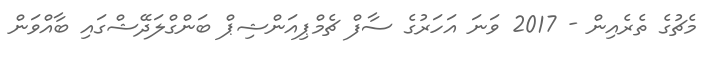
މެޗުގެ ތެރެއިން - 2017 ވަނަ އަހަރުގެ ސާފް ޗެމްޕިއަންޝިޕް ބަންގްލަދޭޝްގައި ބާއްވަން